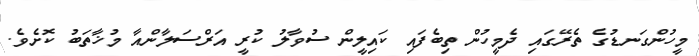
މީހުންގަނޑުގެ ތެރޭގައި ދެމީހުން ތިބެފައި ކައިލީން ސުވާލު ކުރީ އަރްސަލާންއާ މުޚާތަބު ކޮށެވެ.